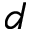
d